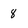
Character: 8